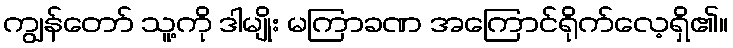
ကျွန်တော် သူ့ကို ဒါမျိုး မကြာခဏ အကြောင်ရိုက်လေ့ရှိ၏။